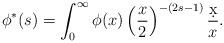
LaTeX: \begin{align*}\phi^*(s) = \int_0^\infty \phi(x) \left( \frac{x}{2} \right)^{-(2s-1)} \frac{\d x}{x}. \end{align*}